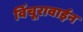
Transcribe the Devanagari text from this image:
विंचूरावाईन